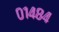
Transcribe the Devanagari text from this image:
०१४८४